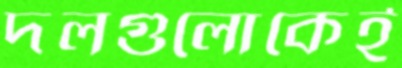
দলগুলোকেই